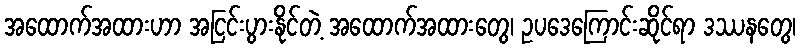
အထောက်အထားဟာ အငြင်းပွားနိုင်တဲ့ အထောက်အထားတွေ၊ ဥပဒေကြောင်းဆိုင်ရာ ဒဿနတွေ၊